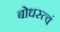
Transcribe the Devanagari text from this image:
बोधस्त्वं